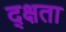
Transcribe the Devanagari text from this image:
द्क्षता